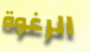
الرغوة